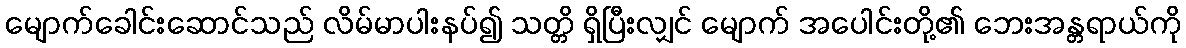
မျောက်ခေါင်းဆောင်သည် လိမ်မာပါးနပ်၍ သတ္တိ ရှိပြီးလျှင် မျောက် အပေါင်းတို့၏ ဘေးအန္တရာယ်ကို